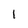
Character: 1